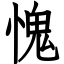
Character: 愧